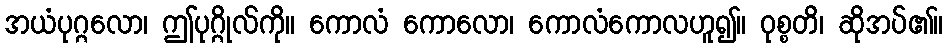
အယံပုဂ္ဂလော၊ ဤပုဂ္ဂိုလ်ကို။ ကောလံ ကောလော၊ ကောလံကောလဟူ၍။ ဝုစ္စတိ၊ ဆိုအပ်၏။